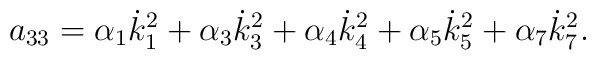
a_{33}=\alpha _1\dot{k}_1^2+\alpha _3\dot{k}_3^2+\alpha _4\dot{k}_4^2+\alpha_5\dot{k}_5^2+\alpha _7\dot{k}_7^2.